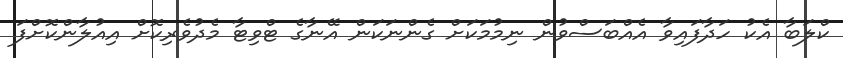
ކްލަބާ އެކު ހަދާފައިވާ އެއްބަސްވުން ނިމުމަކަށް ގެންނަކަން އޭނާގެ ޓްވިޓާ މެދުވެރިކޮށް އިއުލާންކޮށްފަ